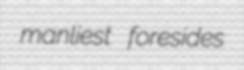
manliest foresides